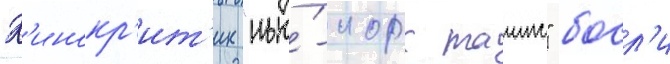
К'инокр'ит'ик "нью́-иорк таимс" босл'и